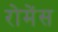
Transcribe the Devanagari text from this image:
रोमेंस